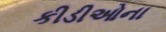
કીડીઓના